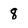
Character: 8